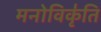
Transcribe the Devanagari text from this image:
मनोविकृ॑ति